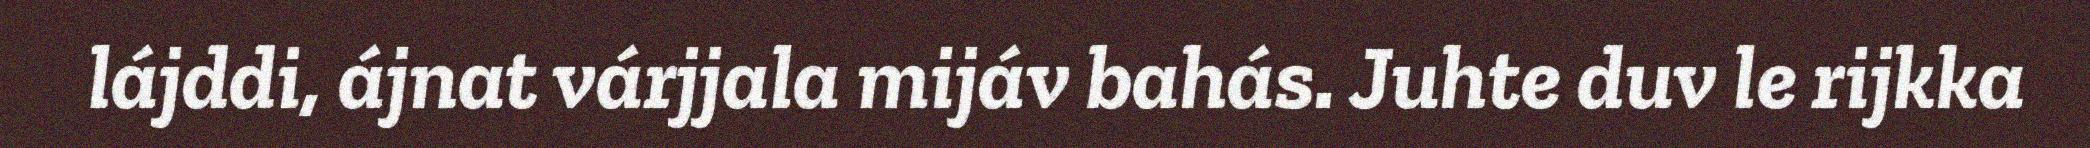
lájddi, ájnat várjjala mijáv bahás. Juhte duv le rijkka